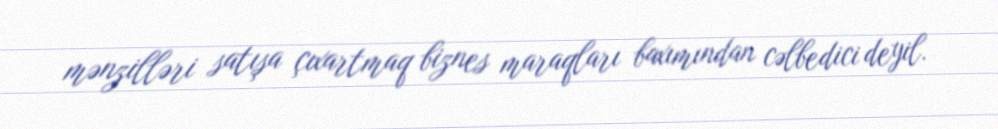
mənzilləri satışa çıxartmaq biznes maraqları baxımından cəlbedici deyil.